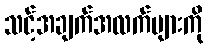
သင့်အချက်အလက်များကို